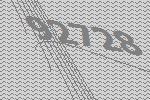
92728